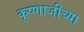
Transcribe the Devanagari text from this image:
कृष्णाजीच्या